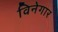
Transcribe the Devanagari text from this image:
विनेगार